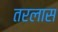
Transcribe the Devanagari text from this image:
तरलास